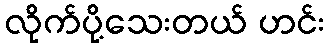
လိုက်ပို့သေးတယ် ဟင်း